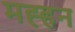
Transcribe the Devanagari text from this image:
मह्हन